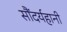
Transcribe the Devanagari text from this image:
सौंदर्यहानी